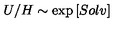
U / H \sim \exp \left[ S o l v \right]